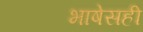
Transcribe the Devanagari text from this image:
भाषेसही